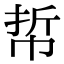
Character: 𢂼